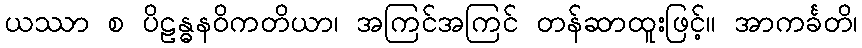
ယဿာ စ ပိဠန္ဓနဝိကတိယာ၊ အကြင်အကြင် တန်ဆာထူးဖြင့်။ အာကင်္ခတိ၊